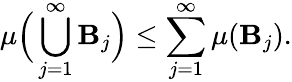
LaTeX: \mu{\Big(}\bigcup_{j=1}^{\infty}\mathbf{B}_{j}{\Big)}\leq\sum_{j=1}^{\infty}\mu(\mathbf{B}_{j}).